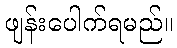
ဖျန်းပေါက်ရမည်။